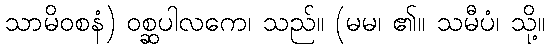
သာမိဝစနံ) ဝစ္ဆပါလကေ၊ သည်။ (မမ၊ ၏။ သမီပံ၊ သို့။